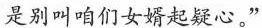
是别叫咱们女婿起疑心。”